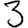
Digit: 3